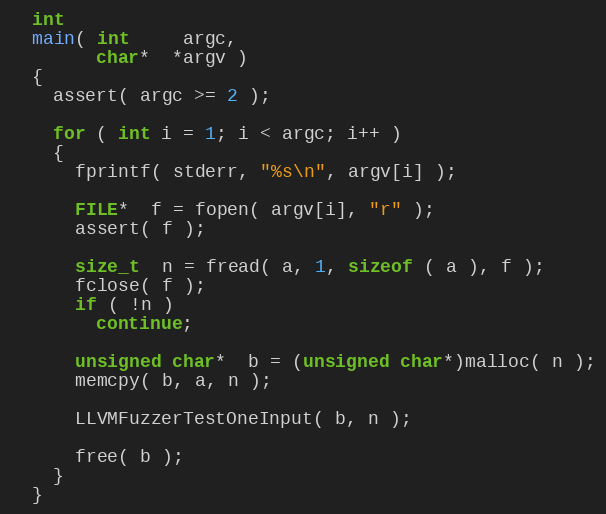
Language: C++
  int
  main( int     argc,
        char*  *argv )
  {
    assert( argc >= 2 );

    for ( int i = 1; i < argc; i++ )
    {
      fprintf( stderr, "%s\n", argv[i] );

      FILE*  f = fopen( argv[i], "r" );
      assert( f );

      size_t  n = fread( a, 1, sizeof ( a ), f );
      fclose( f );
      if ( !n )
        continue;

      unsigned char*  b = (unsigned char*)malloc( n );
      memcpy( b, a, n );

      LLVMFuzzerTestOneInput( b, n );

      free( b );
    }
  }